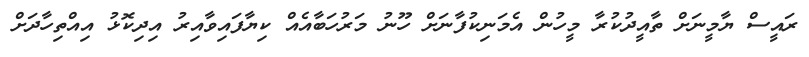
ރައީސް ޔާމީނަށް ތާއީދުކުރާ މީހުން އެމަނިކުފާނަށް ހޫނު މަރުހަބާއެއް ކިޔާފައިވާއިރު އިދިކޮޅު އިއްތިހާދަށް